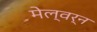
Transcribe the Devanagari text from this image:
मेल्वर्न